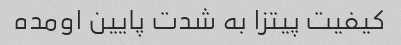
کیفیت پیتزا به شدت پایین اومده